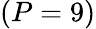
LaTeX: (P=9)